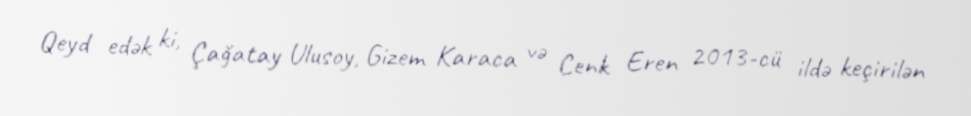
Qeyd edək ki, Çağatay Ulusoy, Gizem Karaca və Cenk Eren 2013-cü ildə keçirilən